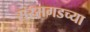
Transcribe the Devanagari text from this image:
सरसगडच्या